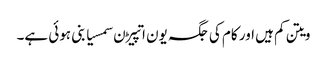
ویتن کم ہیں اور کام کی جگہ یون اتپیڑن سمسیا بنی ہوئی ہے۔